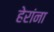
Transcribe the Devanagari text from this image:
हेरांना